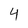
Character: 4